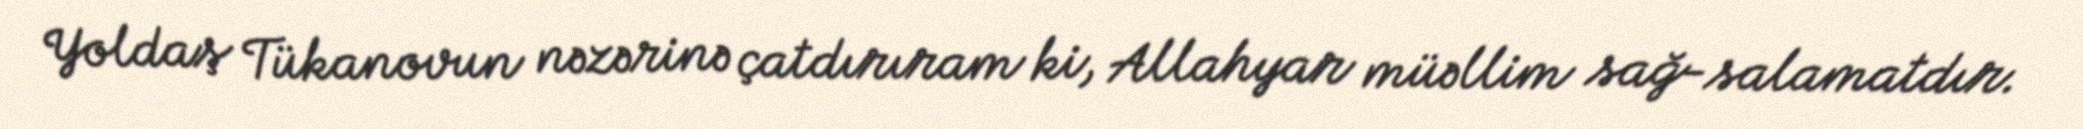
Yoldaş Tükanovun nəzərinə çatdırıram ki, Allahyar müəllim sağ-salamatdır.